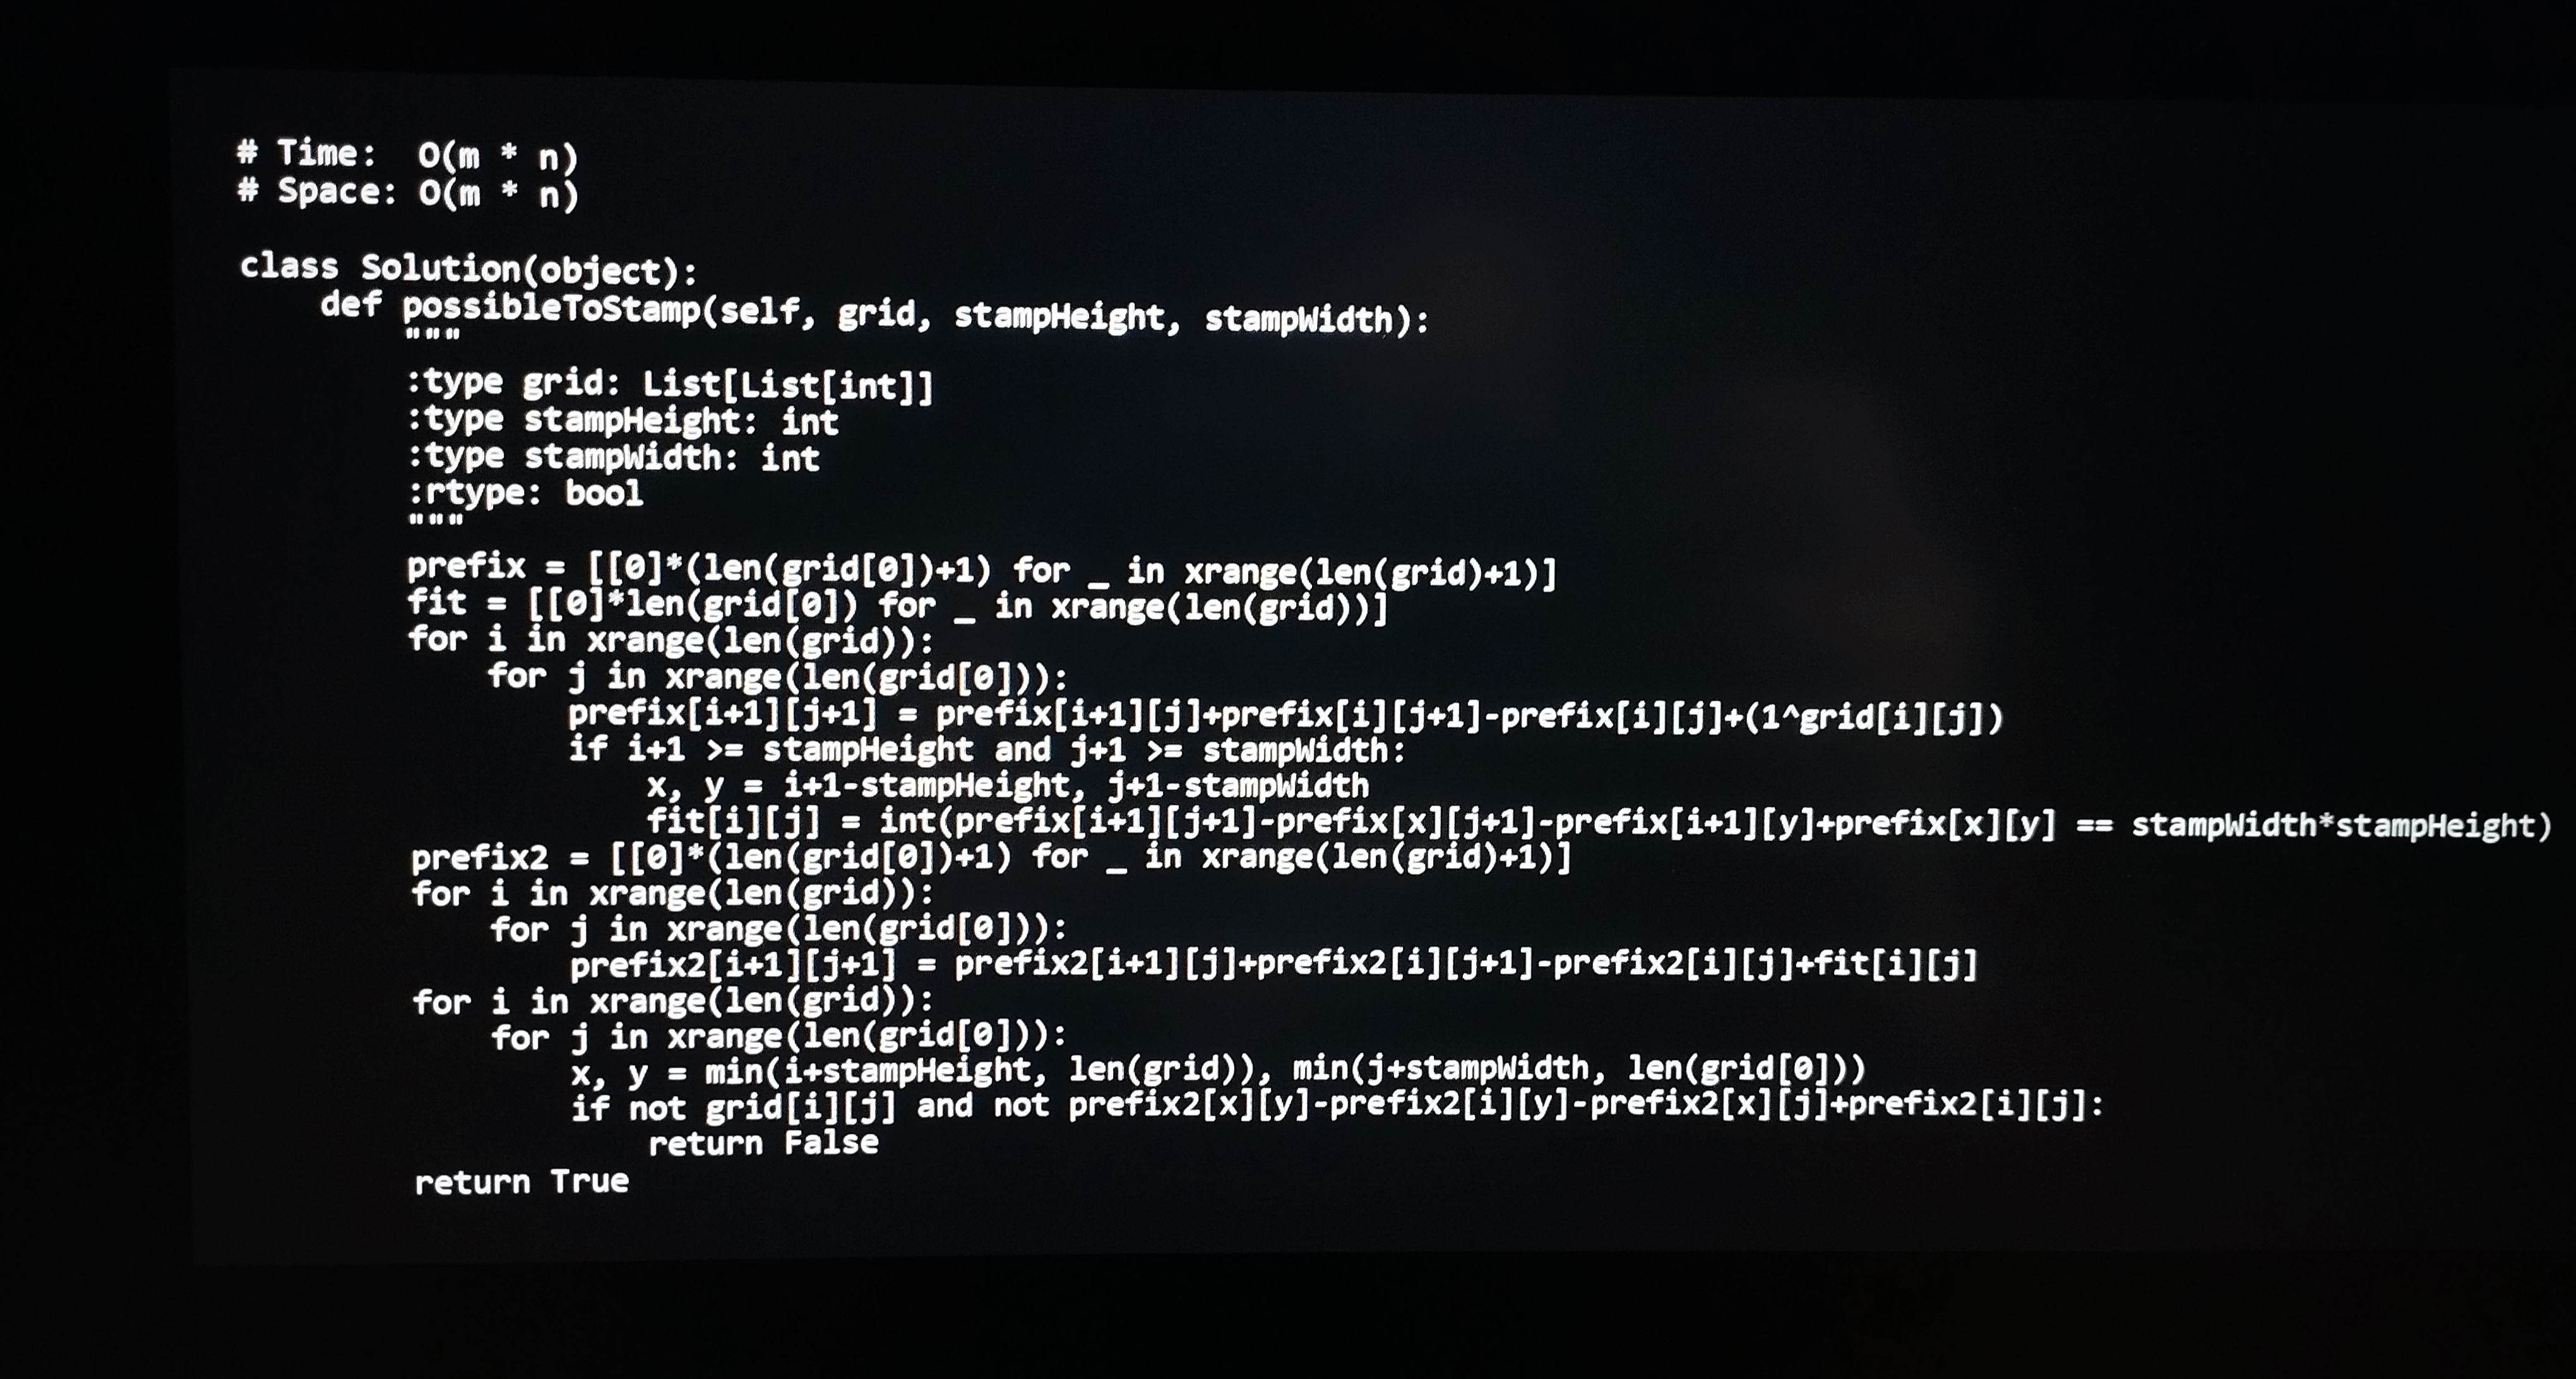
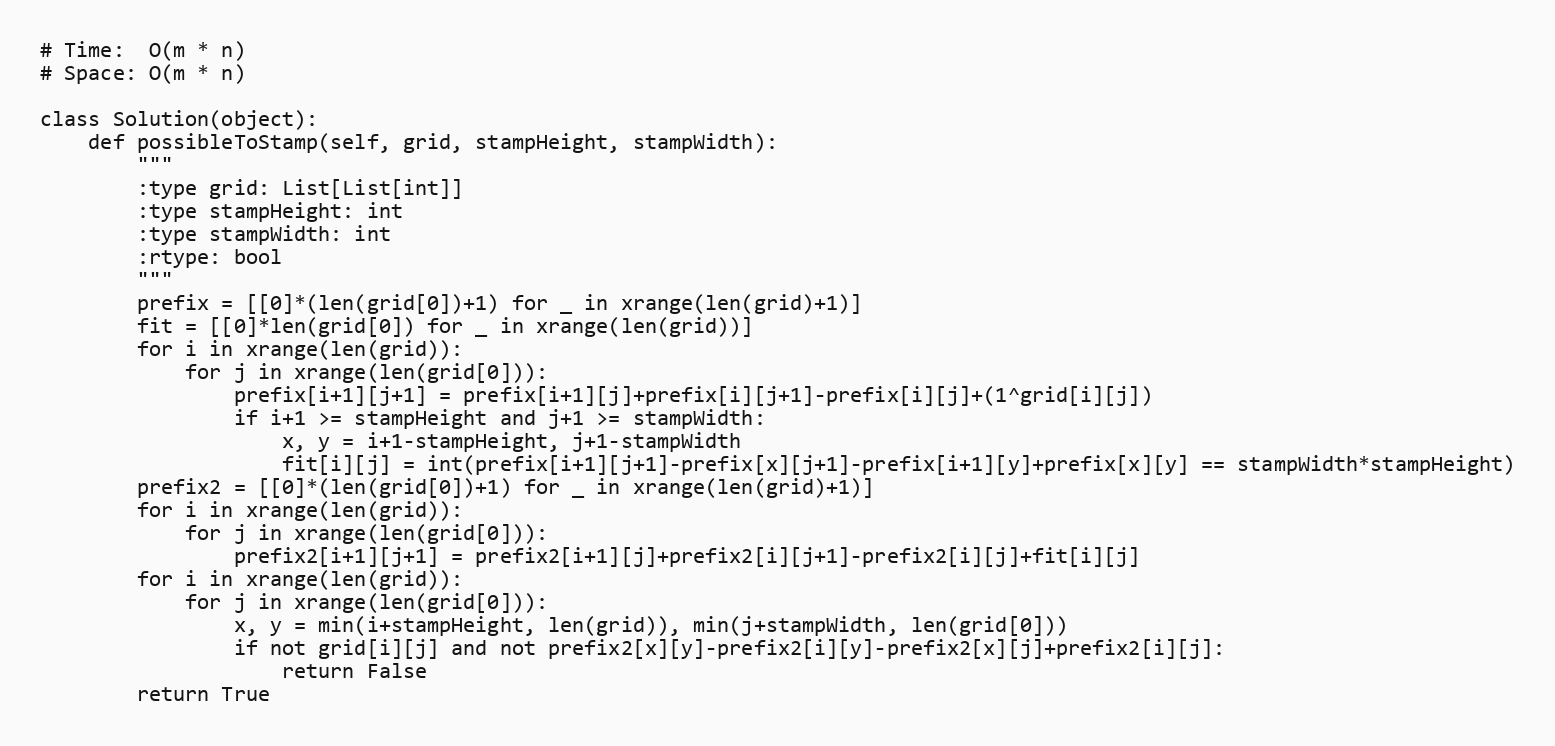
# Time:  O(m * n)
# Space: O(m * n)

class Solution(object):
    def possibleToStamp(self, grid, stampHeight, stampWidth):
        """
        :type grid: List[List[int]]
        :type stampHeight: int
        :type stampWidth: int
        :rtype: bool
        """
        prefix = [[0]*(len(grid[0])+1) for _ in xrange(len(grid)+1)]
        fit = [[0]*len(grid[0]) for _ in xrange(len(grid))]
        for i in xrange(len(grid)):
            for j in xrange(len(grid[0])):
                prefix[i+1][j+1] = prefix[i+1][j]+prefix[i][j+1]-prefix[i][j]+(1^grid[i][j])
                if i+1 >= stampHeight and j+1 >= stampWidth:
                    x, y = i+1-stampHeight, j+1-stampWidth
                    fit[i][j] = int(prefix[i+1][j+1]-prefix[x][j+1]-prefix[i+1][y]+prefix[x][y] == stampWidth*stampHeight)
        prefix2 = [[0]*(len(grid[0])+1) for _ in xrange(len(grid)+1)]
        for i in xrange(len(grid)):
            for j in xrange(len(grid[0])):
                prefix2[i+1][j+1] = prefix2[i+1][j]+prefix2[i][j+1]-prefix2[i][j]+fit[i][j]
        for i in xrange(len(grid)):
            for j in xrange(len(grid[0])):
                x, y = min(i+stampHeight, len(grid)), min(j+stampWidth, len(grid[0]))
                if not grid[i][j] and not prefix2[x][y]-prefix2[i][y]-prefix2[x][j]+prefix2[i][j]:
                    return False
        return True